Scientific memoirs by medical officers of the Army of India - Part XII,
Year: 1901
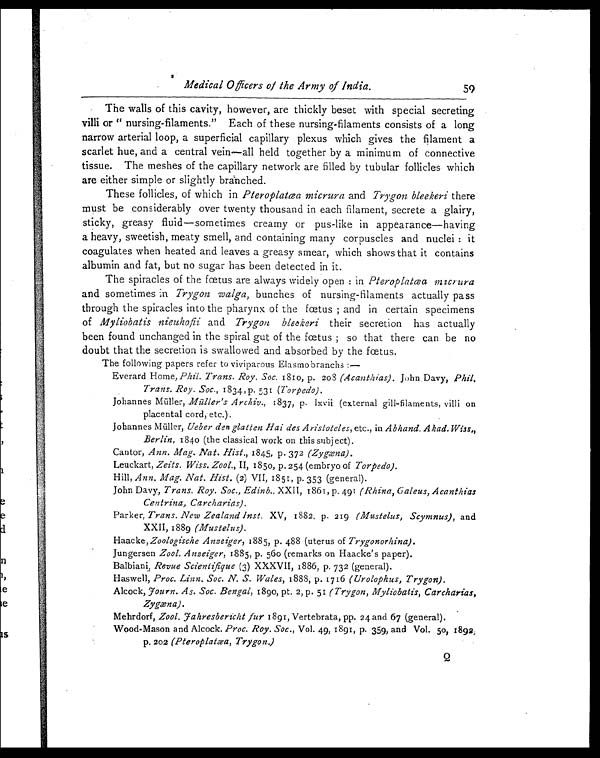
Medical Officers of the Army of India.
59
The walls of this cavity, however, are thickly beset with special secreting
villi or " nursing-filaments." Each of these nursing-filaments consists of a long
narrow arterial loop, a superficial capillary plexus which gives the filament a
scarlet hue, and a central vein—all held together by a minimum of connective
tissue. The meshes of the capillary network are filled by tubular follicles which
are either simple or slightly branched.
These follicles, of which in Pteroplatœa micrura and Trygon bleekeri there
must be considerably over twenty thousand in each filament, secrete a glairy,
sticky, greasy fluid—sometimes creamy or pus-like in appearance—having
a heavy, sweetish, meaty smell, and containing many corpuscles and nuclei : it
coagulates when heated and leaves a greasy smear, which shows that it contains
albumin and fat, but no sugar has been detected in it.
The spiracles of the fœtus are always widely open : in Pteroplatœa micrura
and sometimes in Trygon walga, bunches of nursing-filaments actually pass
through the spiracles into the pharynx of the fœtus ; and in certain specimens
of Myliobatis nieuhofii and Trygon bleckeri their secretion has actually
been found unchanged in the spiral gut of the fœtus ; so that there can be no
doubt that the secretion is swallowed and absorbed by the fœtus.
The following papers refer to viviparous Elasmobranchs :—
Everard Home, Phil. Trans. Roy, Soc. 1810, p. 208 (Acanthias). John Davy, Phil,
Trans. Roy. Soc., 1834, p. 531 (Torpedo).
Johannes Müller, Müller's Archiv., 1837, p. lxvii (external gill-filaments, villi on
placental cord, etc.).
Johannes Müller, Ueber den glatten Hai des Aristoteles, etc., in Abhand.
Berlin, 1840 (the classical work on this subject).
Cantor, Ann. Mag. Nat. Hist., 1845, p. 372 (Zygæna).
Leuckart, Zeits. Wiss. Zool., II, 1850, p. 254 (embryo of Torpedo).
Hill, Ann. Mag. Nat. Hist. (2) VII, 1851, p. 353 (general).
John Davy, Trans. Roy. Soc., Edinb., XXII, 1861, p. 491 (Rhina,Galeus,Acanthias
Centrina, Carcharias).
Parker, Trans. New Zealand Inst. XV, 1882, p. 219 (Mustelus, Scymnus), and
XXII, 1889 (Mustelus).
Haacke, Zoologische Anzeiger, 1885, p. 488 (uterus of Trygonorhina).
Jungersen Zool. Anzeiger, 1885, p. 560 (remarks on Haacke's paper).
Balbiani, Revue Scientifique (3) XXXVII, 1886, p. 732 (general).
Haswell, Proc. Linn. Soc. N. S. Wales, 1888, p. 1716 (Urolophus, Trygon).
Alcock, Journ. As. Soc. Bengal, 1890, pt. 2, p. 51 (Trygon, Myliobatis, Carcharias,
Zygæna).
Mehrdorf, Zool. Jahresbericht fur 1891 , Vertebrata, pp. 24 and 67 (general).
Wood-Mason and Alcock. Proc. Roy. Soc., Vol. 49, 1891, p. 359, and Vol. 50, 1892,
p. 202 (Pteroplatæa, Trygon.)
Q